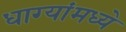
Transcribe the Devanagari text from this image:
धाग्यांमध्ये